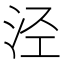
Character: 泾